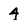
Character: 4